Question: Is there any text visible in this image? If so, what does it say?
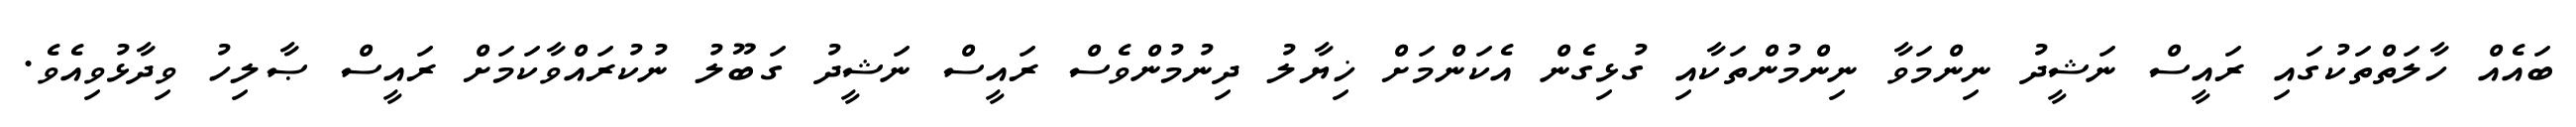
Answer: ބައެއް ހާލަތްތަކުގައި ރައީސް ނަޝީދު ނިންމަވާ ނިންމުންތަކާއި ގުޅިގެން އެކަންމަށް ޚިޔާލު ދިނުމުންވެސް ރައީސް ނަޝީދު ގަބޫލު ނުކުރައްވާކަމަށް ރައީސް ޞާލިހު ވިދާޅުވިއެވެ.